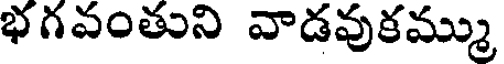
భగవంతుని వాడవుకమ్ము